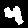
Digit: 4